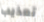
تعذيب